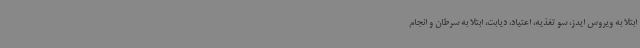
ابتلا به ویروس ایدز، سو تغذیه، اعتیاد، دیابت، ابتلا به سرطان و انجام